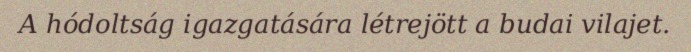
A hódoltság igazgatására létrejött a budai vilajet.